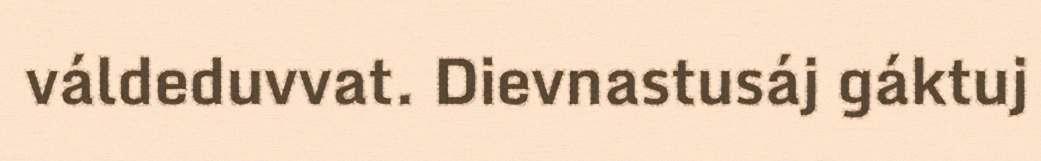
váldeduvvat. Dievnastusáj gáktuj